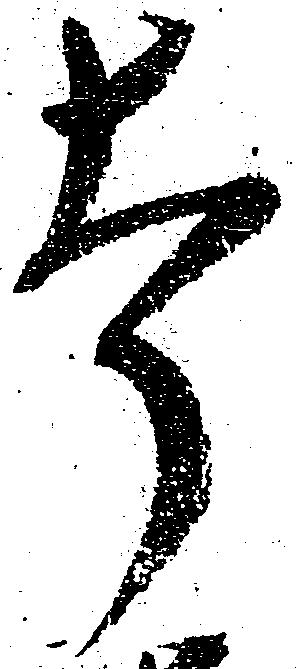
幸